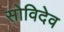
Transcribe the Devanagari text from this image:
सोविदेव